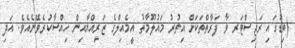
(ބިޑުގައި ރަޖިސްޓަރ ވާ ފަރާތްތަކަށް އިތުރު މައުލޫމާތު އީމެއިލްގެ ޒަރިއްޔާއިން ހިއްސާކުރެވޭނެއެވެ. އަދި